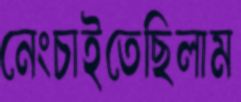
নেংচাইতেছিলাম